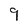
Character: 9